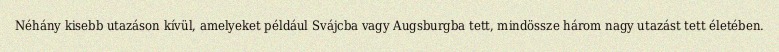
Néhány kisebb utazáson kívül, amelyeket például Svájcba vagy Augsburgba tett, mindössze három nagy utazást tett életében.